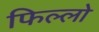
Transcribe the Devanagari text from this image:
फिल्लो